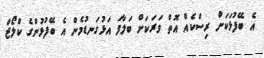
އެ ބޭފުޅަކަށް ރިސްކެއް އޮތް ވަރަކަށް ބަލާފަ އަޅުގަނޑުމެން އެ ބޭފުޅުންގެ ކްލޯޒް